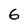
Character: 6